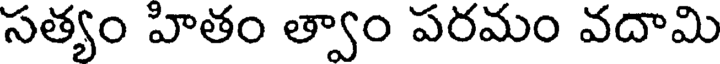
సత్యం హితం త్వాం పరమం వదామి